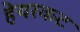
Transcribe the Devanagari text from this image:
हेयरकट